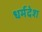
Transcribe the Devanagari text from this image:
धर्मदेश